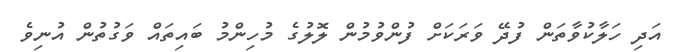
އަދި ހަލާކުވާތަން ފުދޭ ވަރަކަށް ފުންވުމުން ލޮލުގެ މުހިންމު ބައިތައް ވަގުތުން އުނިވެ